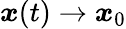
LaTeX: {\boldsymbol x}(t)\to{\boldsymbol x}_{0}